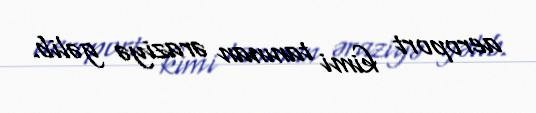
aeroport kimi tanınan əraziyə gəlib.